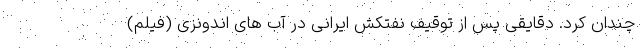
چندان کرد. دقایقی پس از توقیف نفتکش ایرانی در آب های اندونزی (فیلم)